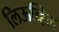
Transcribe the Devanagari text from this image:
लिऊव्हिल